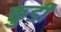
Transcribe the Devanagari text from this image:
कुर्डी